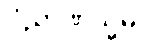
ဝိညာဏသ္မိမ္ပိ